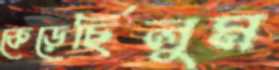
কেড়েছিলুম